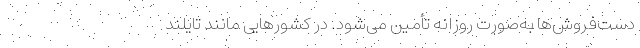
دست‌فروش‌ها به‌صورت روزانه تأمین می‌شود. در کشورهایی مانند تایلند